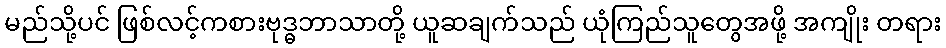
မည်သို့ပင် ဖြစ်လင့်ကစားဗုဒ္ဓဘာသာတို့ ယူဆချက်သည် ယုံကြည်သူတွေအဖို့ အကျိုး တရား